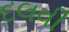
દલવી